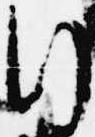
行